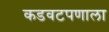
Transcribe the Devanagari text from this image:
कडवटपणाला